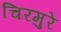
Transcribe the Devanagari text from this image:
चिरमुरे